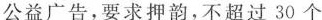
公益广告，要求押韵，不超过30个